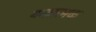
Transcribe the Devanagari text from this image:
यन्त्रात्मक